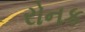
રોનક